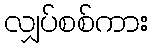
လျှပ်စစ်ကား